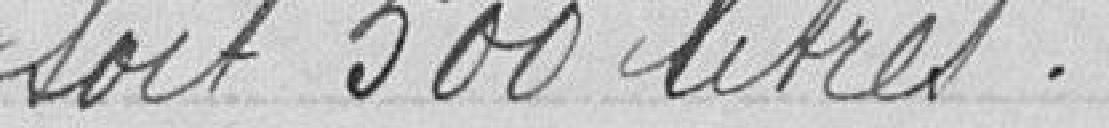
soit 500 litres.